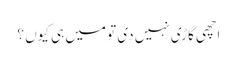
اچھی گاڑی نہیں دی تو میں ہی کیوں ؟